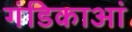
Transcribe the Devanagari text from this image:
गंडिकाआं